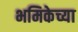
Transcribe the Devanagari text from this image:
भमिकेच्या